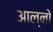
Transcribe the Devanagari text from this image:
आल्नो